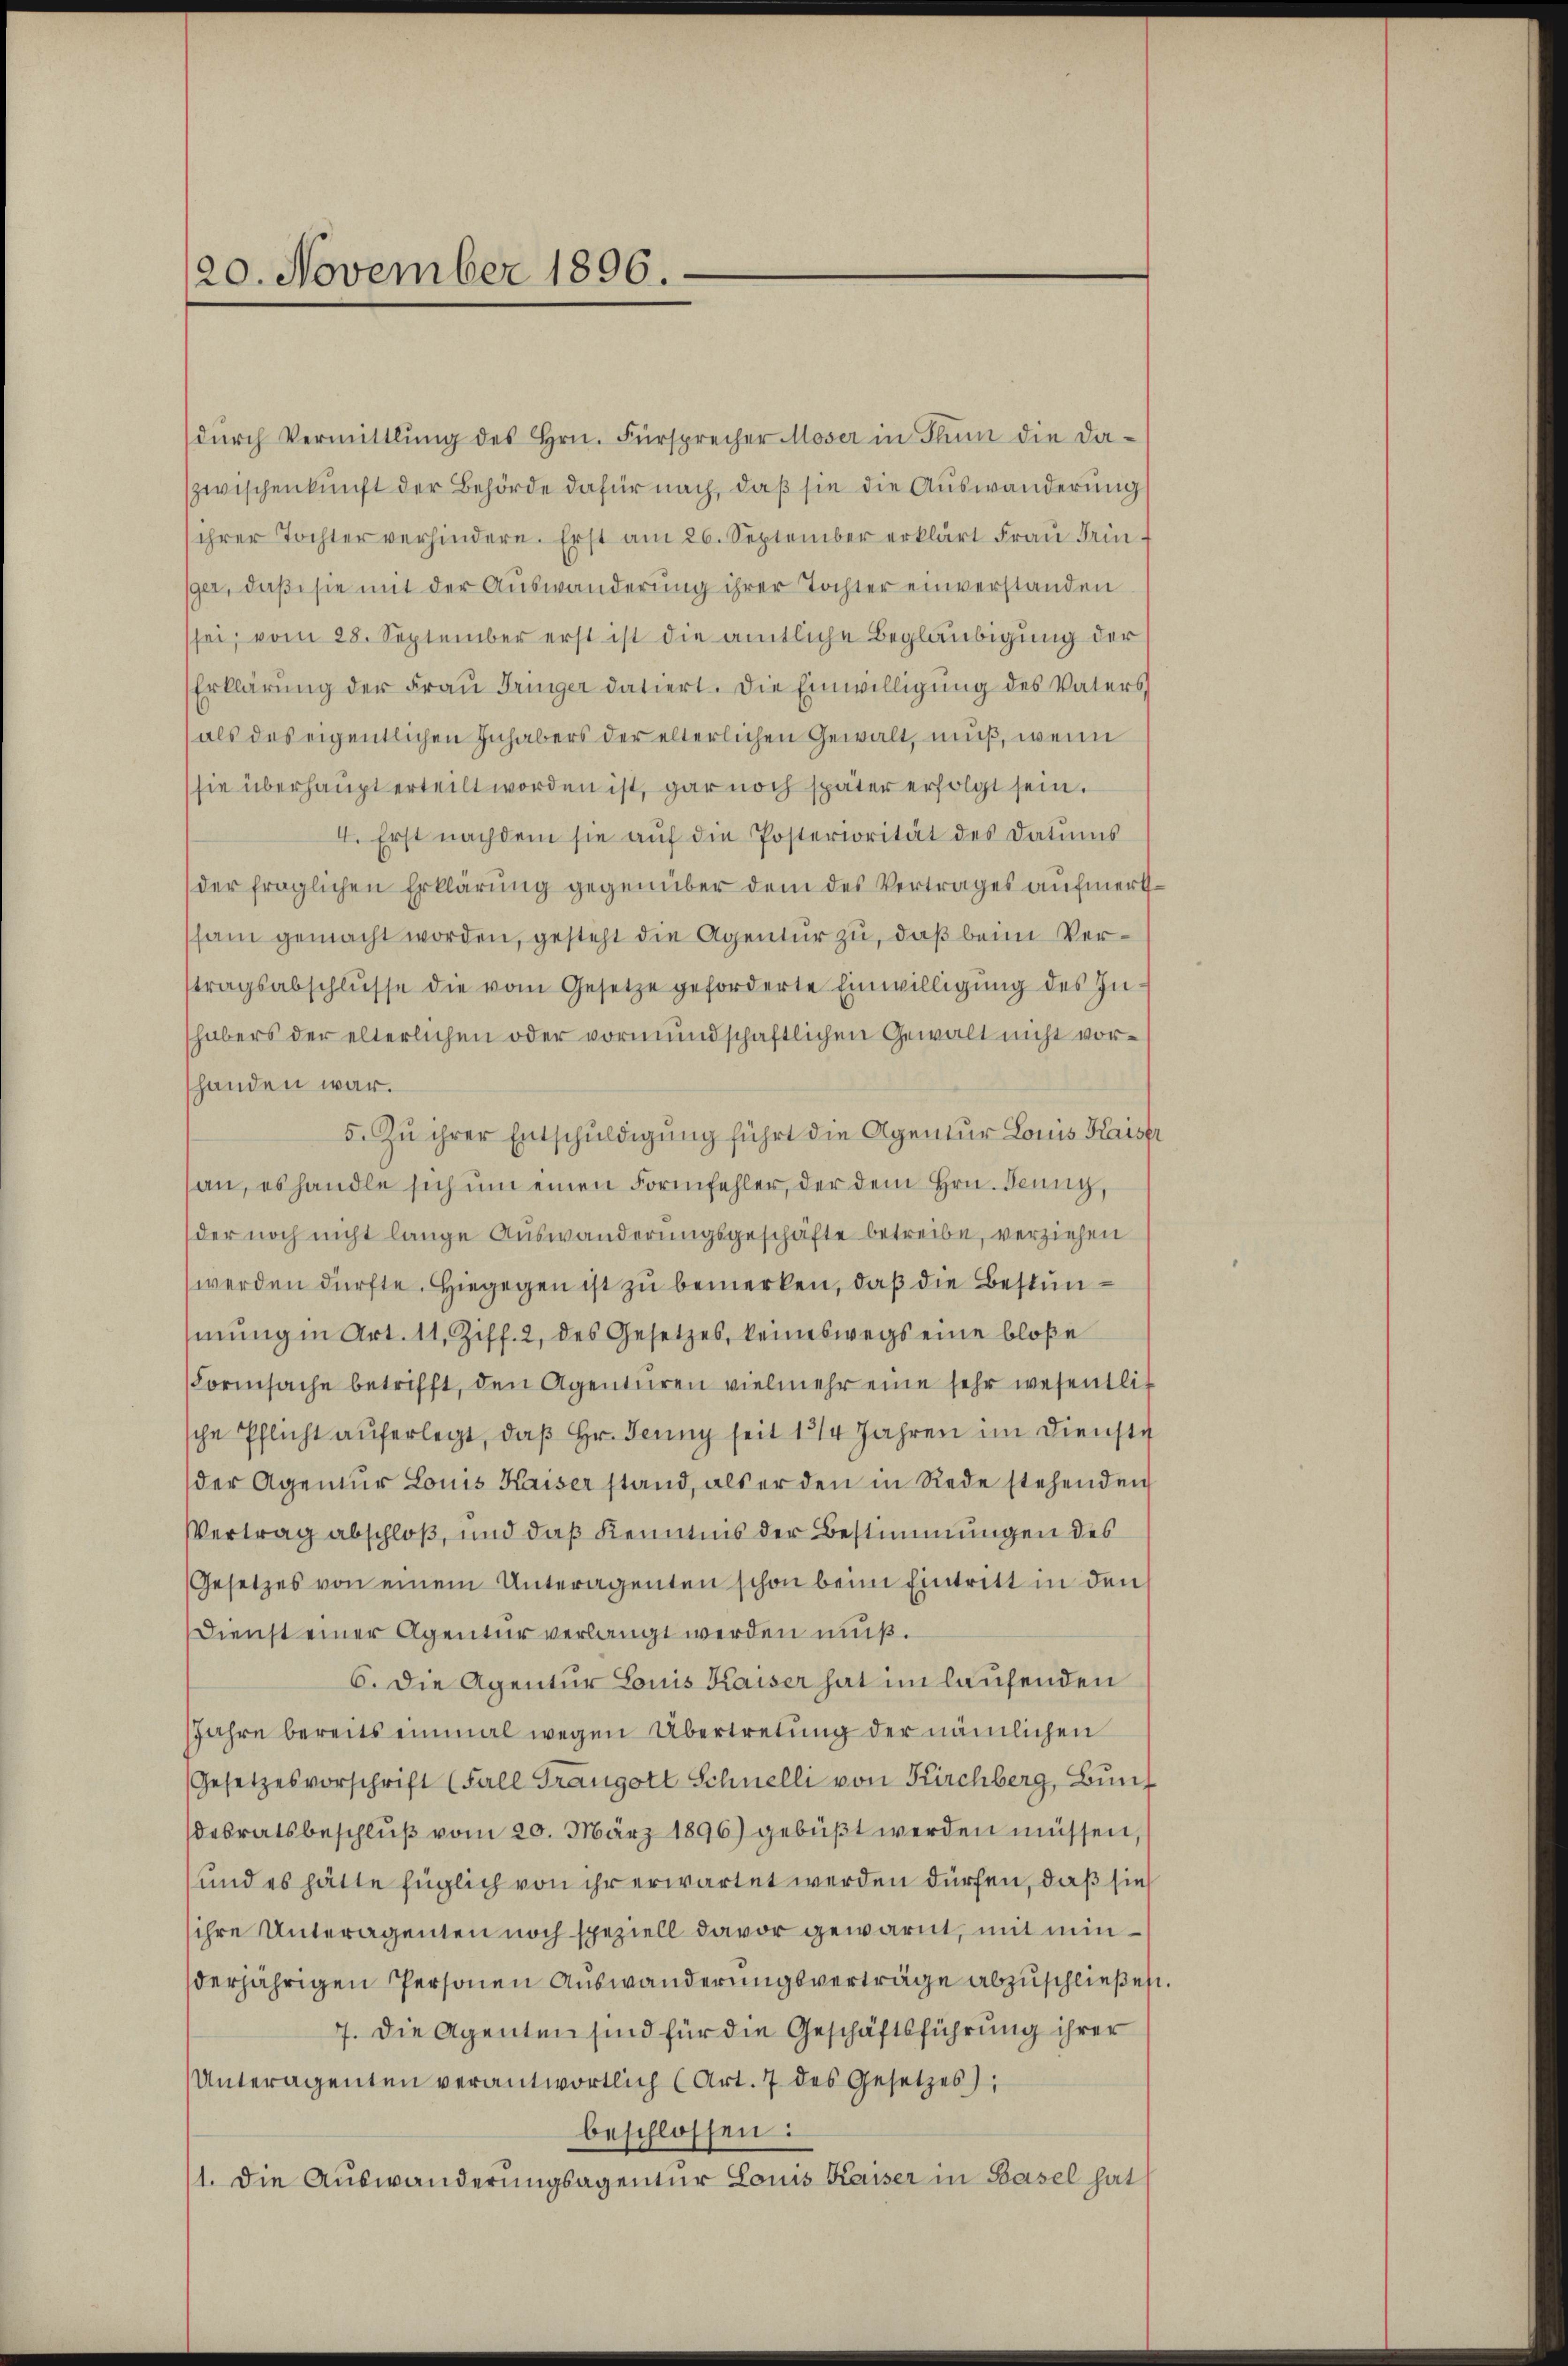
20. November 1896.

dŭrch Vermittlung des Hrn. Fürsprecher Moser in Flum die da-
zwischenkunft der Behörde dafür nach, daß sie die Auswanderung
ihrer Tochter verhindere. Erst am 26. September erklärt Frau Tringer, daß sie mit der Auswanderung ihrer Tochter einverstanden
sei, vom 28. September erst ist die amtliche Beglaubigung der
Erklärung der Frau Tringer datiert. Die Einwilligung des Vaters,
als das eigentlichen Inhabers der elterlichen Gewalt, muß, wenn
sie überhaupt erteilt worden ist, gar noch später erfolgt sein.
4. Erst nachdem sie aŭf die Posteriorität des Datums
der fraglichen Erklärung gegenüber dem des Vertrages aufmerkssam gemacht worden, gesteht die Agentur zu, daß beim Vertragsabschlŭsse die vom Gesetze geforderte Einwilligŭng des In-
habers der elterlichen oder vormundschaftlichen Gewalt nicht vorshanden war.
5. Zu ihrer Entschuldigung führt die Agentur Louis Kaiser
an, es handle sich um einen Formfehler, der dem Hrn. Jenny,
der noch nicht lange Auswanderungsgeschäfte betreibe, verziehen
werden dürfte. Hiegegen ist zu bemerken, daß die Bestunmŭng in Art. 11. Ziff. 2, des Gesetzes, keineswegs eine bloße
ormsache betrifft, den Agenturen vielmehr eine sehr wesentlich
sche Pflicht auferlegt, daβ hr. Jenny seit 1214 Jahren im Dienste
der Agenŭr Louis Kaiser stand, als er den in Rede stehenden
Vertrag abschloß, und daß Kenntnis der Bestimmungen des
Gesetzes von einem Unteragenten schon beim Eintritt in den
Dienst einer Agentur verlangt werden muß.
6. Die Agentur Louis Kaiser hat im laufenden
Jahre bereits einmal wegen Übertretung der nämlichen
Gesetzesvorschrift (Fall Frangott Schnelli von Kirchberg, Bundesratsbeschlŭβ vom 20. März 1896) gebüßt werden müssen,
und es hätte füglich von ihr erwartet werden dürfen, daß sie
sihre Unteragenten noch speziell davor gewarnt, mit minderjährigen Personen Auswanderungsverträge abzuschließen
7. Die Agenten sind für die Geschäftsführung ihrer
Unteragenten verantwortlich (Art. 7 des Gesetzes),
beschlossen:
1. Die Auswanderungsagentur Louis Kaiser in Basel hat